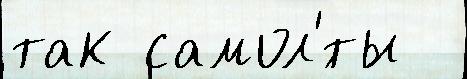
так самол'́ты